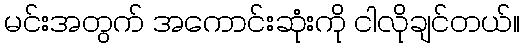
မင်းအတွက် အကောင်းဆုံးကို ငါလိုချင်တယ်။